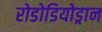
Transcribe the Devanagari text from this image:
रोडोडियोड्रान